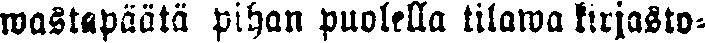
wastapäätä pihan puolella tilawa kirjasto-